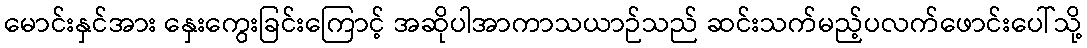
မောင်းနှင်အား နှေးကွေးခြင်းကြောင့် အဆိုပါအာကာသယာဉ်သည် ဆင်းသက်မည့်ပလက်ဖောင်းပေါ်သို့